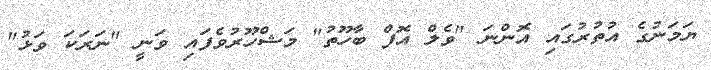
ޔަމަނުގެ އުތުރުގައި އޮންނަ "ވެލް އޮފް ބާހޫތު" މަޝްހޫރުވެފައި ވަނީ "ނަރަކަ ވަޅު"